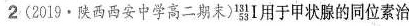
2(2019·陕西西安中学高二期末)_{53}^{131}Ⅰ用于甲状腺的同位素治